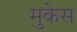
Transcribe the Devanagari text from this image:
मुकेस